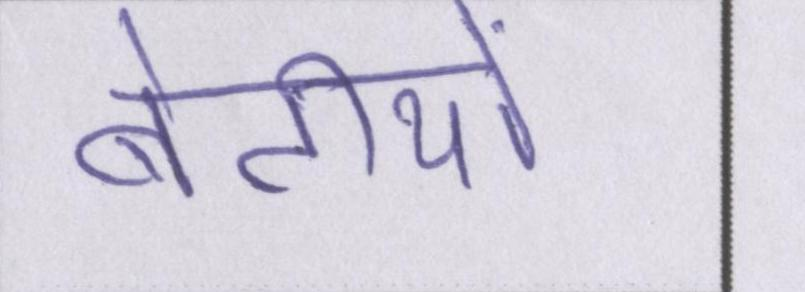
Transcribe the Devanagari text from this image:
बेटीयों